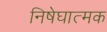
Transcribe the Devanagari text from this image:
निषेघात्मक